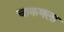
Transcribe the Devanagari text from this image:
चाकणला